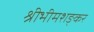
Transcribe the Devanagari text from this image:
श्रीभीमशङ्कर